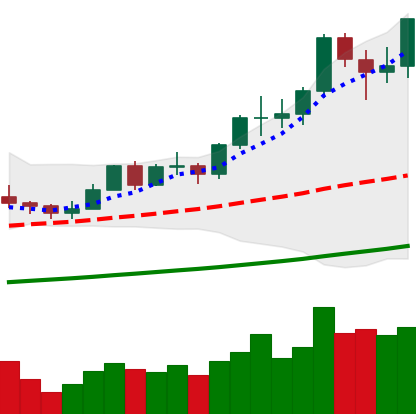
Ticker: LTC-USD
Chart end date: 2021-02-17
Forward return: -12.181%
Label: down_7plus